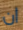
ان